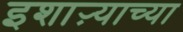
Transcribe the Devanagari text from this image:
इशाऱ्याच्या